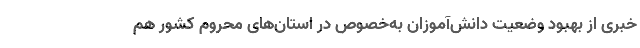
خبری از بهبود وضعیت دانش‌آموزان به‌خصوص در استان‌های محروم کشور هم